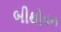
બીથોવન